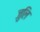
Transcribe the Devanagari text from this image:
जुलि